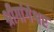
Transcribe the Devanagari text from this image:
श्रीगांगेश्वर